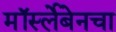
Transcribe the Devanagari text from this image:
मॉर्स्लेबेनचा